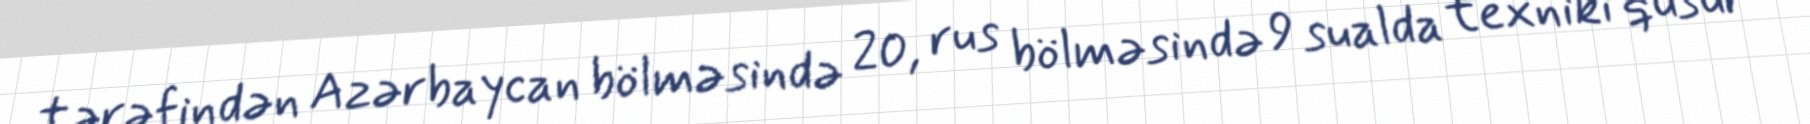
tərəfindən Azərbaycan bölməsində 20, rus bölməsində 9 sualda texniki qüsur